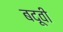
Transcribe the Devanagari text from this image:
बदूवी